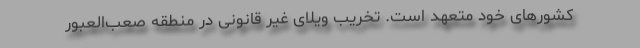
کشورهای خود متعهد است. تخریب ویلای غیر قانونی در منطقه صعب‌العبور